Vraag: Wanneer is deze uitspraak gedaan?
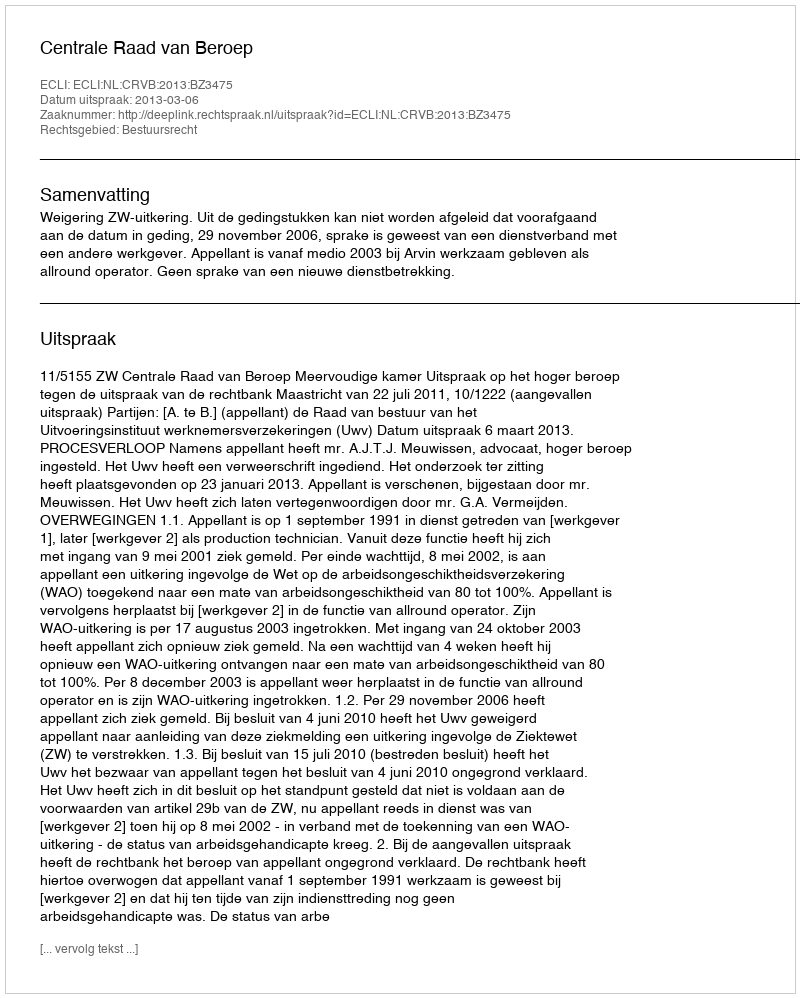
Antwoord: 2013-03-06